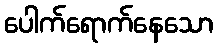
ပေါက်ရောက်နေသော